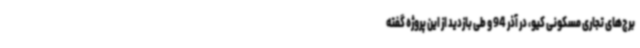
برج‌های تجاری مسکونی کیو، در آذر 94 و طی بازدید از این پروژه گفته